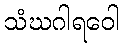
သံဃဂါရဝေါ